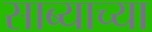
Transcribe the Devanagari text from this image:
साब्याच्या